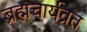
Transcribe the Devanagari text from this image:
ब्रह्मचार्यव्रत